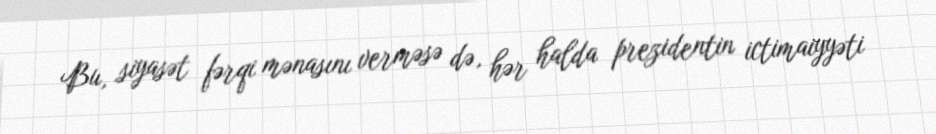
Bu, siyasət fərqi mənasını verməsə də, hər halda prezidentin ictimaiyyəti